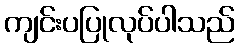
ကျင်းပပြုလုပ်ပါသည်